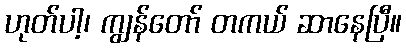
ဟုတ်ပါ့၊ ကျွန်တော် တကယ် ဆာနေပြီ။